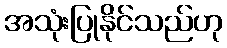
အသုံးပြုနိုင်သည်ဟု